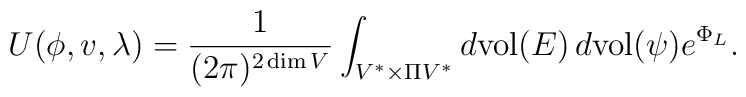
U(\phi, v, \lambda) = \frac{1}{(2\pi)^{2\dim V}}\int_{V^{*}\times \Pi V^{*}}d\mathrm{vol}(E)\,d\mathrm{vol}(\psi)e^{\Phi_{L}}.